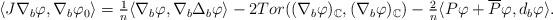
LaTeX: \begin{align*}\begin{array}{c}\langle J\nabla _{b}\varphi ,\nabla _{b}\varphi _{0}\rangle =\frac{1}{n}\langle \nabla _{b}\varphi ,\nabla _{b}\Delta _{b}\varphi \rangle-2Tor((\nabla _{b}\varphi )_{\mathbb{C}},(\nabla _{b}\varphi )_{\mathbb{C}})-\frac{2}{n}\langle P\varphi +\overline{P}\varphi ,d_{b}\varphi \rangle .\end{array}\end{align*}